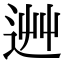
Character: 𨒽